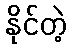
နိုင်တဲ့